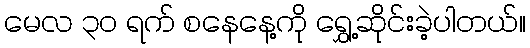
မေလ ၃၀ ရက် စနေနေ့ကို ရွှေ့ဆိုင်းခဲ့ပါတယ်။